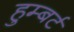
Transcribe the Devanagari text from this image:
हुम्बर्ट